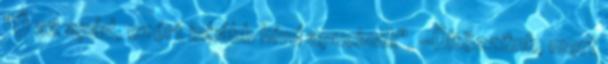
"Ő az apád, ezért inkább hívd apucinak". -Öltözzünk, mert